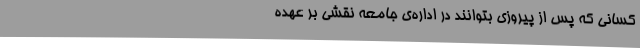
کسانی‌ که‌ پس‌ از پیروزی‌ بتوانند در اداره‌ی‌ جامعه‌ نقشی‌ بر عهده‌